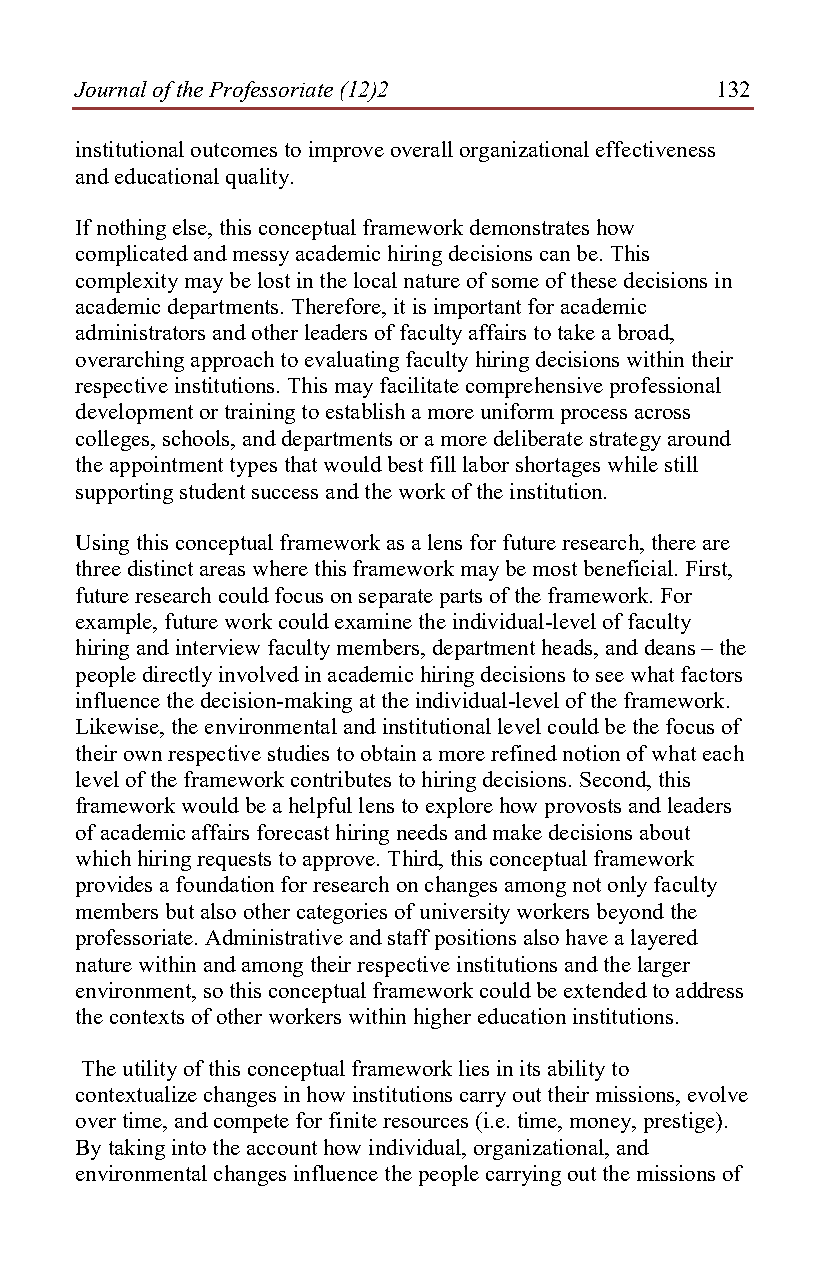
Journal of the Professoriate (12)2        132
 institutional outcomes to improve overall organizational effectiveness
 and educational quality.
 If nothing else, this conceptual framework demonstrates how
 complicated and messy academic hiring decisions can be. This
 complexity may be lost in the local nature of some of these decisions in
 academic departments. Therefore, it is important for academic
 administrators and other leaders of faculty affairs to take a broad,
 overarching approach to evaluating faculty hiring decisions within their
 respective institutions. This may facilitate comprehensive professional
 development or training to establish a more uniform process across
 colleges, schools, and departments or a more deliberate strategy around
 the appointment types that would best fill labor shortages while still
 supporting student success and the work of the institution.
 Using this conceptual framework as a lens for future research, there are
 three distinct areas where this framework may be most beneficial. First,
 future research could focus on separate parts of the framework. For
 example, future work could examine the individual-level of faculty
 hiring and interview faculty members, department heads, and deans – the
 people directly involved in academic hiring decisions to see what factors
 influence the decision-making at the individual-level of the framework.
 Likewise, the environmental and institutional level could be the focus of
 their own respective studies to obtain a more refined notion of what each
 level of the framework contributes to hiring decisions. Second, this
 framework would be a helpful lens to explore how provosts and leaders
 of academic affairs forecast hiring needs and make decisions about
 which hiring requests to approve. Third, this conceptual framework
 provides a foundation for research on changes among not only faculty
 members but also other categories of university workers beyond the
 professoriate. Administrative and staff positions also have a layered
 nature within and among their respective institutions and the larger
 environment, so this conceptual framework could be extended to address
 the contexts of other workers within higher education institutions.
 The utility of this conceptual framework lies in its ability to
 contextualize changes in how institutions carry out their missions, evolve
 over time, and compete for finite resources (i.e. time, money, prestige).
 By taking into the account how individual, organizational, and
 environmental changes influence the people carrying out the missions of